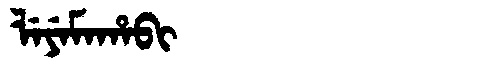
Manchu: ᠯᡝᠶᡝᠮᠠᡥᠠᠪᡳ
Romanization: LEYEMAHABI